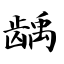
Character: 龋